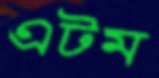
এটম